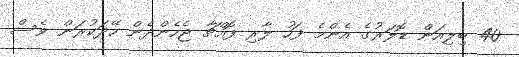
40 ބިލިއަން ޑޮލަރުގެ އެންމެ ފަހު ލާރި ފޮއްޗާ ޖެހެންދެން ހޭދަކުރަން ވެސް